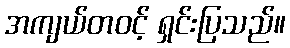
အကျယ်တဝင့် ရှင်းပြသည်။